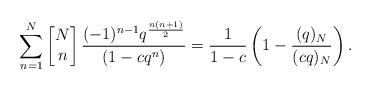
LaTeX: \begin{align*}\sum_{n=1}^{N} \left[\begin{matrix} N\\n\end{matrix}\right] \frac{(-1)^{n-1} q^{\frac{n(n+1)}{2}}}{ (1-cq^n) } = \frac{1}{1-c}\left( 1- \frac{(q)_N}{(c q)_N} \right).\end{align*}